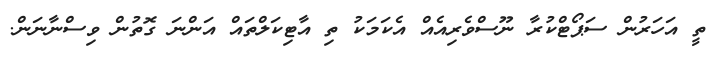
ތީ އަހަރުން ސަޕޯޓްކުރާ ނޫސްވެރިއެއް އެކަމަކު ތި އާޓިކަލްތައް އަންނަ ގޮތުން ވިސްނާނަން.